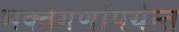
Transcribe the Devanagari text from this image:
भक्तगणांपर्यन्त